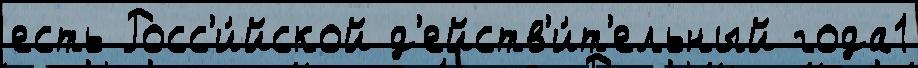
есть Росс'и́йской д'ейств'и́т'ельный года1